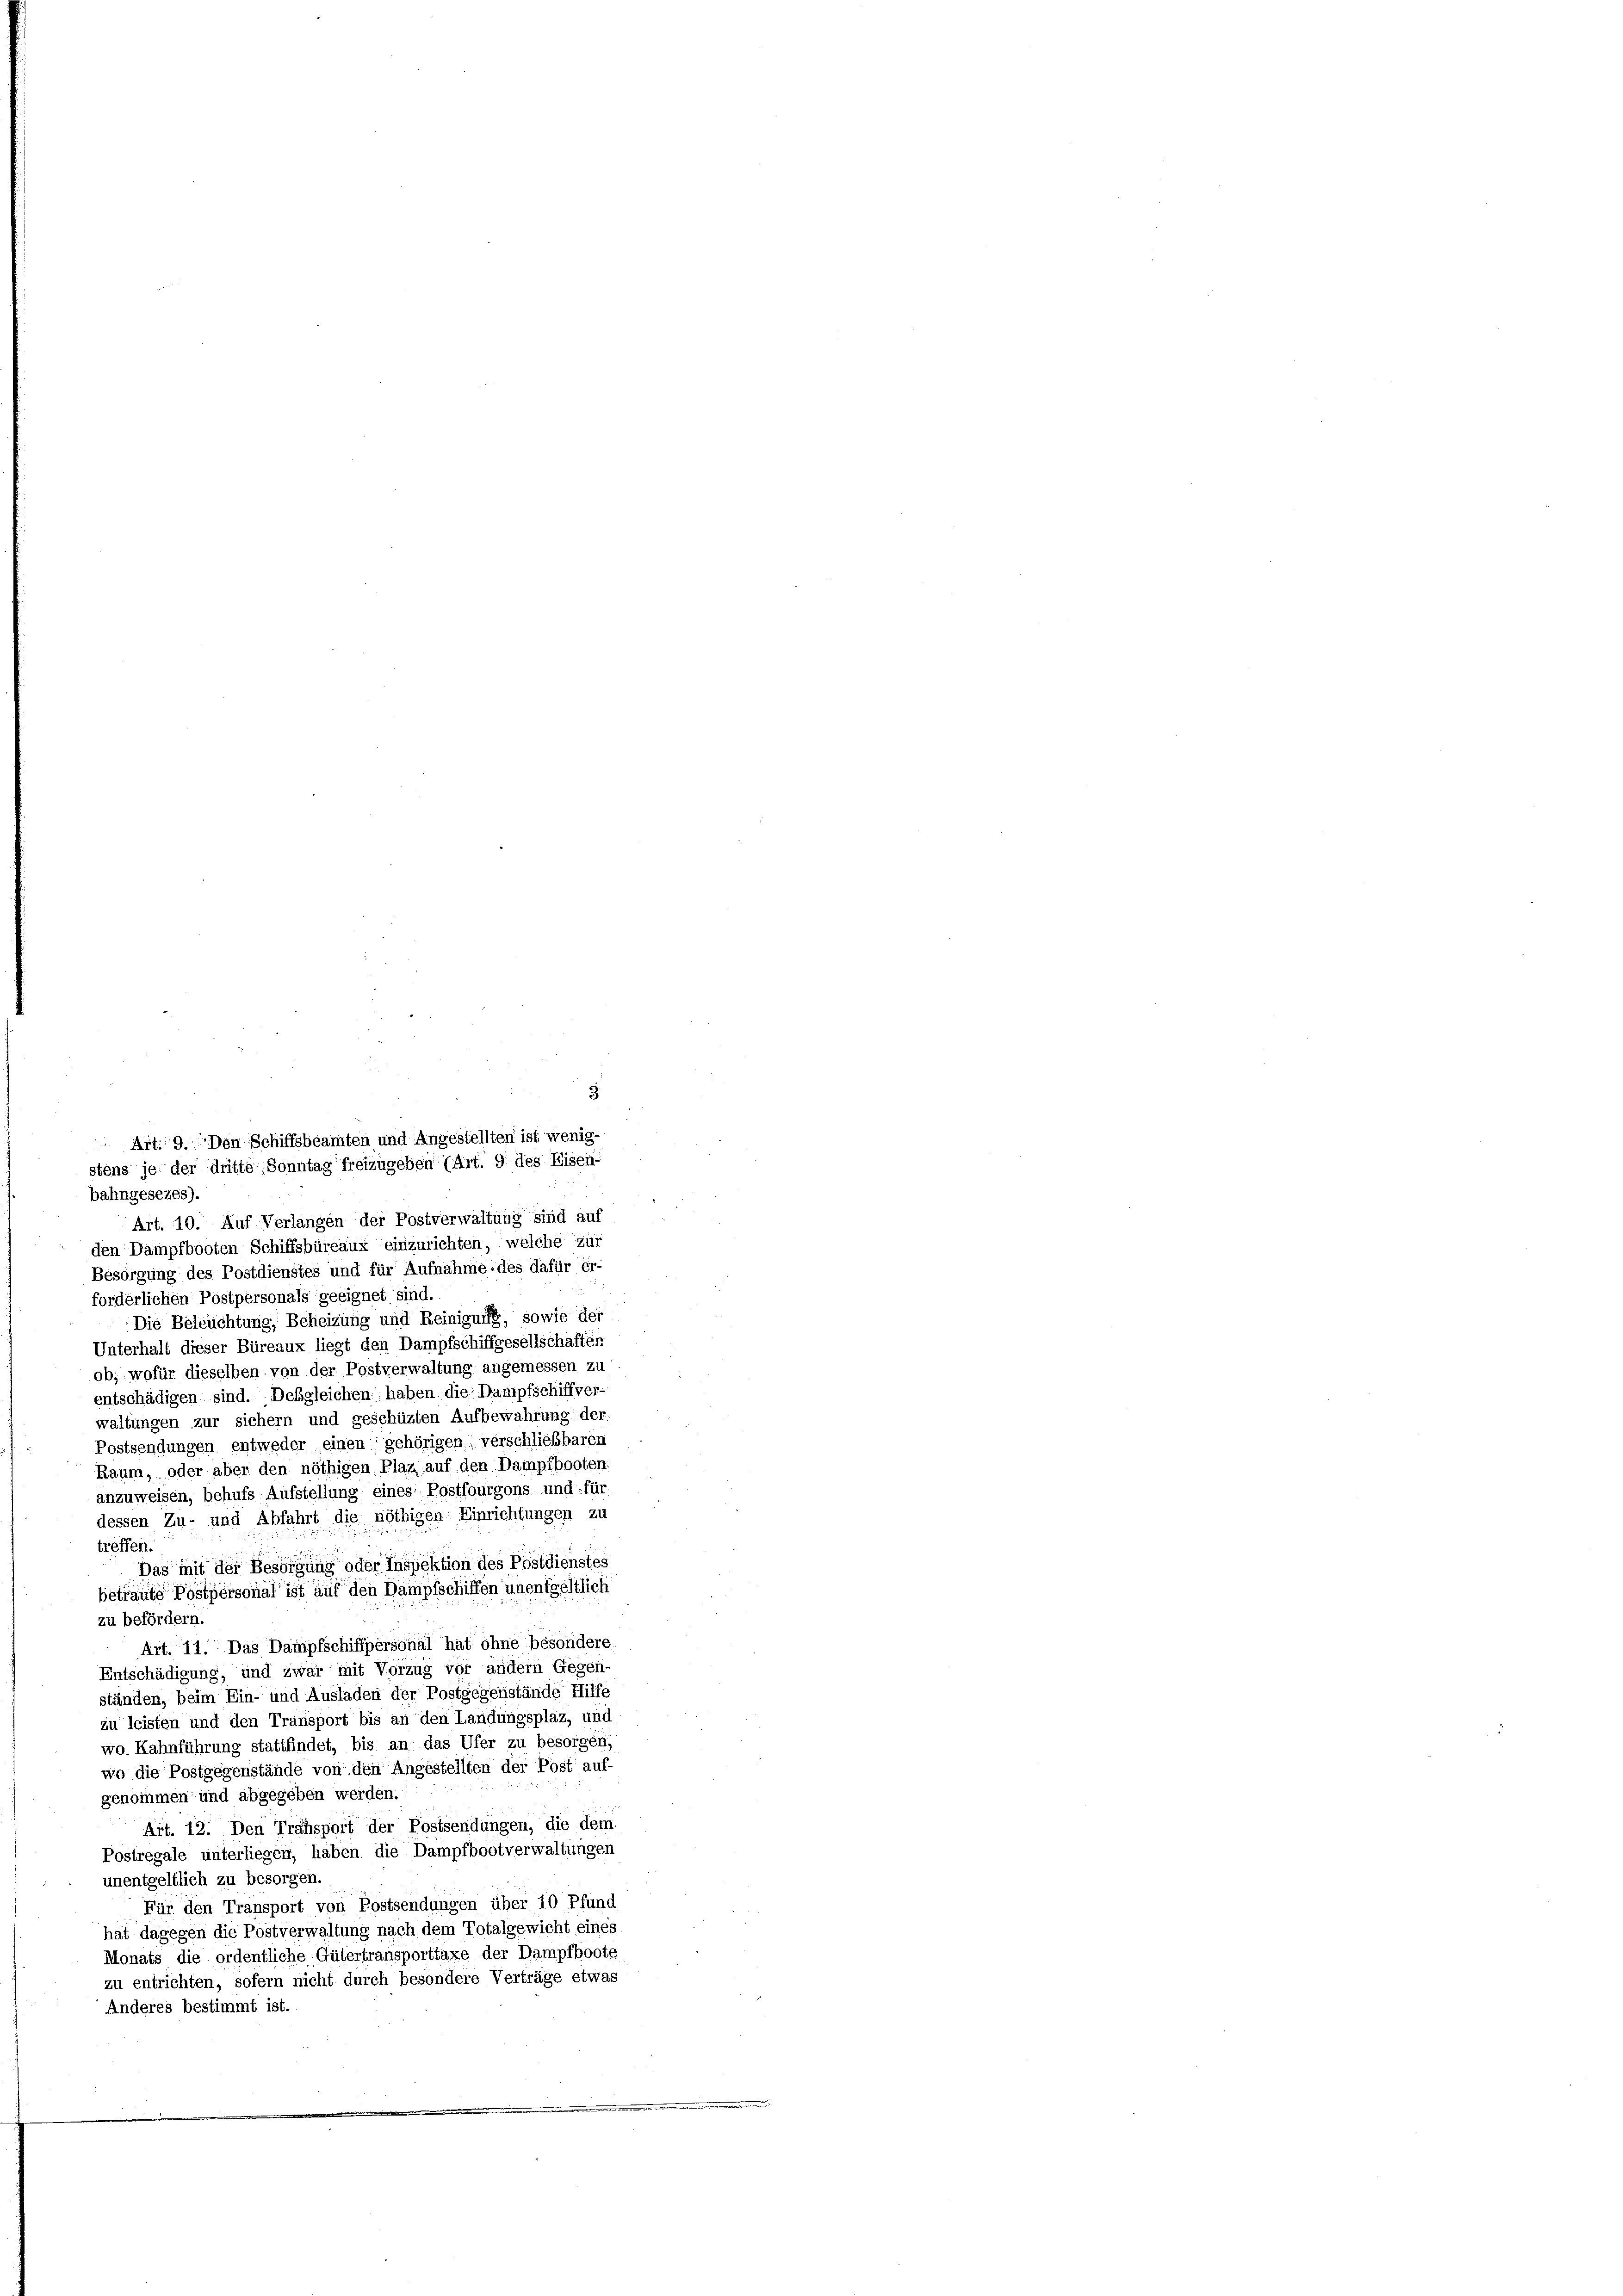
Art. 10. Auf Verlangen der Postverwaltung sind auf
den Dampfbooten Schiffsbüreaux einzurichten, welche zur
Besorgung des Postdienstes und für Aufnahme des dafür er
forderlichen Postpersonals geeignet sind.
Die Beleuchtung, Beheizung und Reinigung, sowie der
Unterhalt dieser Büreaux liegt den Dampfschiffgesellschaften
ob, wofür dieselben von der Postverwaltung angemessen zu
entschädigen sind. Desgleichen haben die Dampfschiffver
waltungen zur sichern und geschüzten Aufbewahrung der
Postsendungen entweder einen gehörigen, verschließbaren
Raum, oder aber den nöthigen Plaz auf den Dampfbooten.
anzuweisen, behufs Aufstellung, eines Postfourgons und für
dessen Zu- und Abfahrt die nöthigen Einrichtungen zu
treffen.
Das mit der Besorgung oder Inspektion des Postdienstes
betraute Pöstpersonal ist auf den Dampfschiffen unentgeltlich
zu befördern.
Art. 11. Das Dampfschiffpersonal hat ohne besondere
Entschädigung, und zwar mit Vorzug vor andern Gegen-
ständen, beim Ein- und Ausladen der Postgegenstände Hilfe
zu leisten und den Transport bis an den Landungspläz, und
wo Kahnführung stattfindet, bis an das Ufer zu besorgen,
wo die Postgegenstände von den Angestellten der Post auf-
genommen und abgegeben werden.
Art. 12. Den Transport der Postsendungen, die dem
Postregale unterliegen, haben die Dampfbootverwaltungen
unentgeltlich zu besorgen.
Für den Transport von Postsendungen über 10 Pfund
hat dagegen die Postverwaltung nach dem Totalgewicht eines
Monats die ordentliche Gütertransporttaxe der Dampfboote
zu entrichten, sofern nicht durch besondere Verträge etwas
Anderes bestimmt ist.

3.
 Art. 9. Den Schiffsbeamten und Angestellten ist wenig-
stens je der dritte Sonntag freizugeben (Art. 9 des Eisen-
bahngesezes).